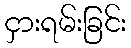
ငှားရမ်းခြင်း